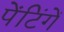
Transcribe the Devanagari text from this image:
पेंटिंगें